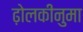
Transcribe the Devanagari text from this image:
ढ़ोलकीनुमा